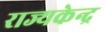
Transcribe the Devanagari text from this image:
राज्यकेन्द्र